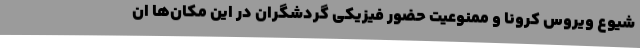
شیوع ویروس کرونا و ممنوعیت حضور فیزیکی گردشگران در این مکان‌ها ان